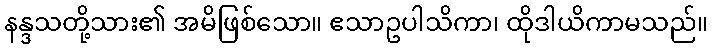
နန္ဒသတို့သား၏ အမိဖြစ်သော။ ဧသာဥပါသိကာ၊ ထိုဒါယိကာမသည်။